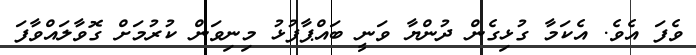
ވެފަ އެވެ. އެކަމާ ގުޅިގެން ދުންޔާ ވަނީ ބައްޕާފުޅު މިނިވަން ކުރުމަށް ގޮވާލައްވާފަ